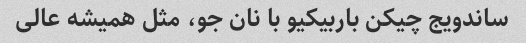
ساندویج چیکن باربیکیو با نان جو، مثل همیشه عالی